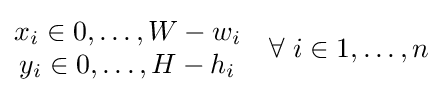
{\begin{matrix}x_{i}\in {0,\ldots ,W-w_{i}}\\y_{i}\in {0,\ldots ,H-h_{i}}\end{matrix}}\quad \forall \ i\in {1,\ldots ,n}